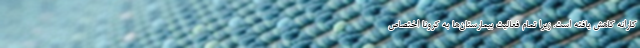
کارانه کاهش یافته است. زیرا تمام فعالیت بیمارستان‌ها به کرونا اختصاص